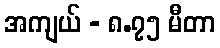
အကျယ် - ၈.၇၅ မီတာ